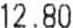
12.80